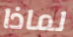
لماذا